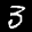
Label: 3